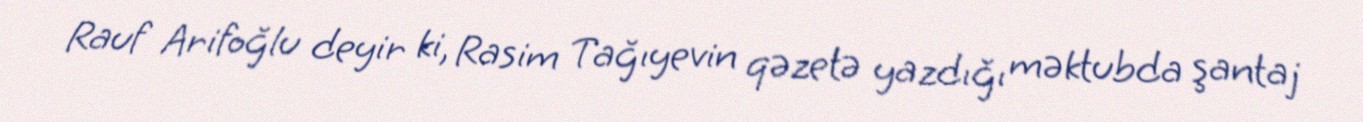
Rauf Arifoğlu deyir ki, Rasim Tağıyevin qəzetə yazdığı məktubda şantaj